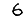
Digit: 6